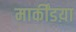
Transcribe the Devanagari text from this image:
मार्कींडय़ा